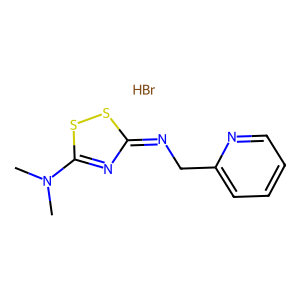
SMILES: Br.CN(C)c1nc(=NCc2ccccn2)ss1
Inhibits HIV replication: No